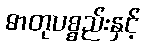
ဓာတုပစ္စည်းနှင့်